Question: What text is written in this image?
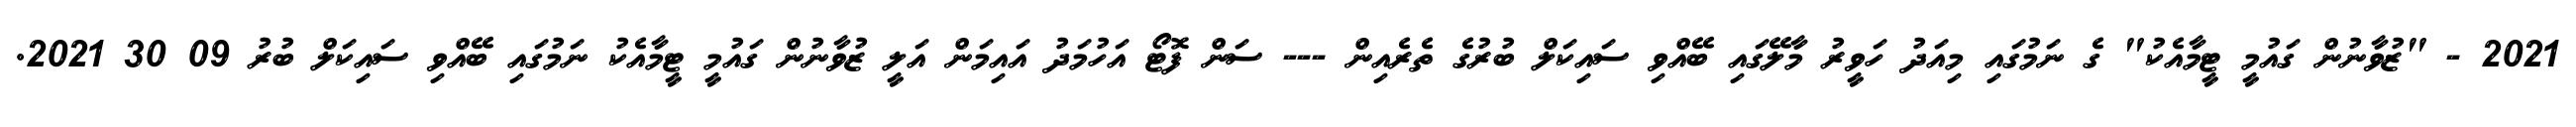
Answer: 2021 - "ޒުވާނުން ގައުމީ ޓީމާއެކު" ގެ ނަމުގައި މިއަދު ހަވީރު މާލޭގައި ބޭއްވި ސައިކަލް ބުރުގެ ތެރެއިން --- ސަން ފޮޓޯ އަހުމަދު އައިމަން އަލީ ޒުވާނުން ގައުމީ ޓީމާއެކު ނަމުގައި ބޭއްވި ސައިކަލް ބުރު 09 30 2021.